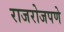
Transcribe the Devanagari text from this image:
राजरोजपणे